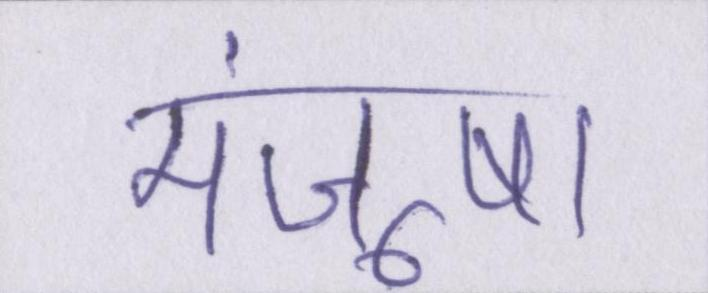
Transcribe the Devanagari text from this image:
मंजूषा